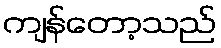
ကျန်တော့သည်